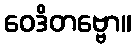
ဝေဒိတဗ္ဗော။